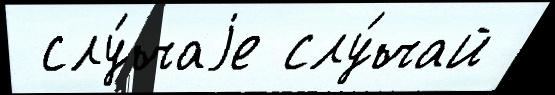
 слу́чаjе слу́чай